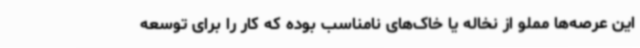
این عرصه‌ها مملو از نخاله یا خاک‌های نامناسب بوده که کار را برای توسعه